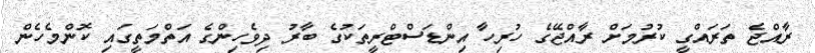
ރާއްޖެ ތަރައްގީ ކުރުމަށް ރާއްޖޭގެ ހުރިހާ އިންޑަސްޓްރީތަކުގެ ބާރު ދިވެހިންގެ އަތްމަތީގައި ކޮންމެހެން